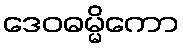
ဒေဝဓမ္မိကော